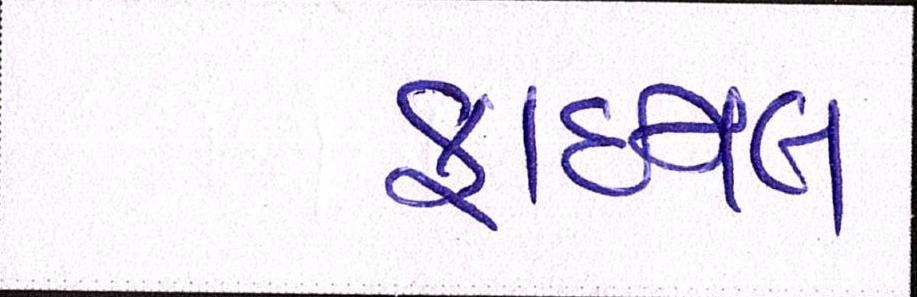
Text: ફાઈનલ